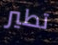
تطير